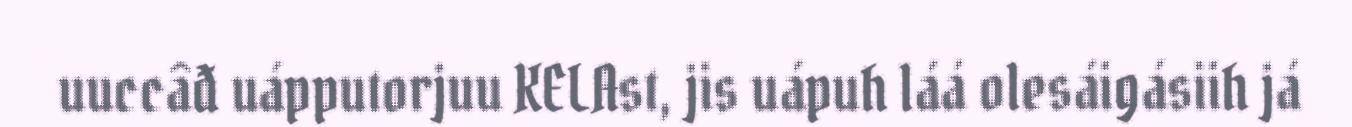
uuccâđ uápputorjuu KELAst, jis uápuh láá olesáigásiih já